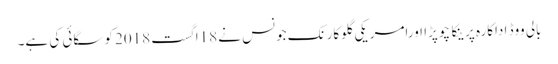
بالی ووڈ اداکارہ پرینکا چوپڑا اورامریکی گلوکارنک جونس نے 18اگست 2018 کوسگائی کی ہے۔